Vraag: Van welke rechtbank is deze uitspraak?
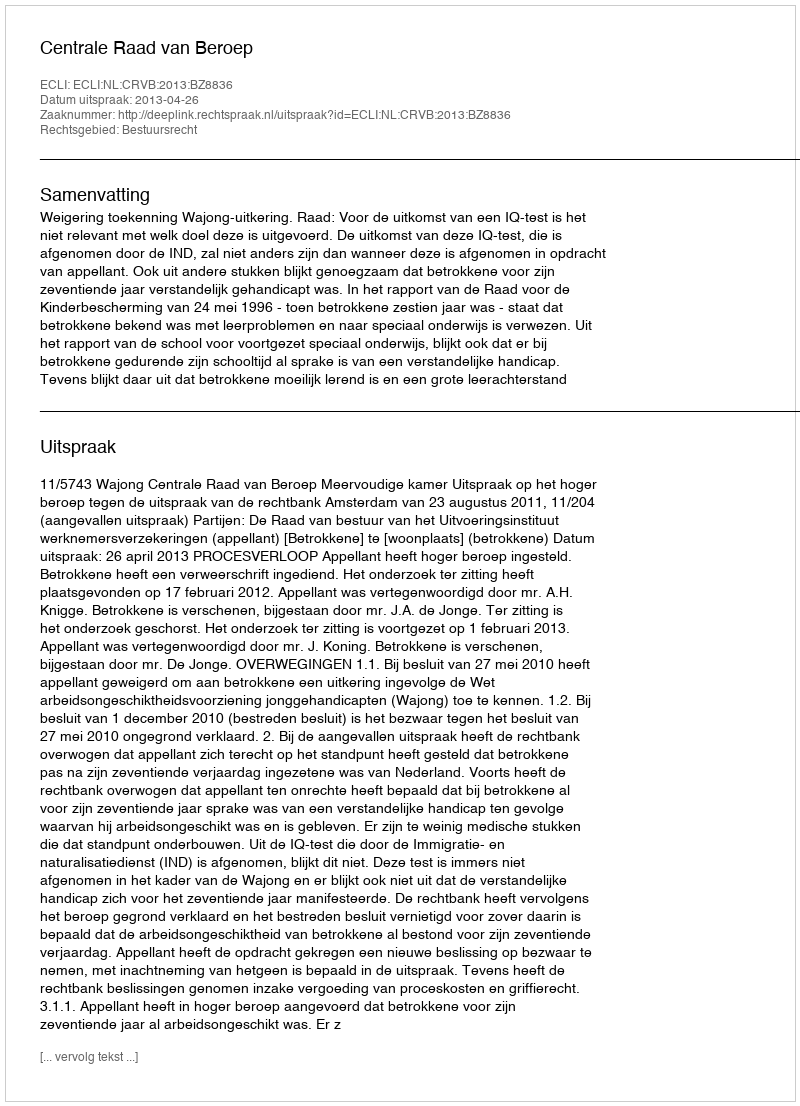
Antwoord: Centrale Raad van Beroep